Annual report on the mental hospital in the Central Provinces and Berar (Nagpur) - 1927-1951
Year: 1927
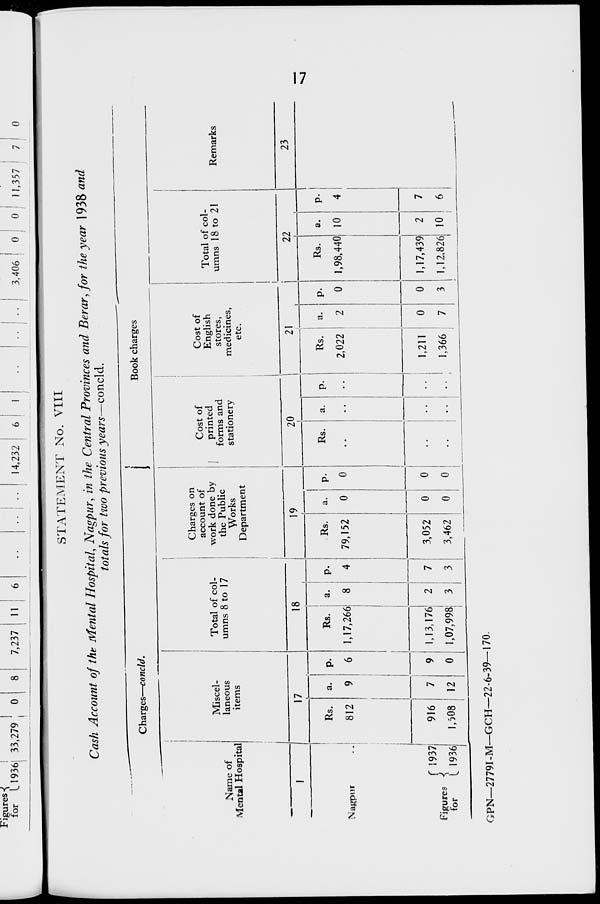
17
STATEMENT No. VIII
Cash Account of the Mental Hospital, Nagpur, in the Central Provinces and Berar, for the year 1938 and
totals for two previous years—concld.
Charges—concld.
Name of
Mental Hospital
1
Nagpur ..
Figures
for
1937
1936
Miscel¬
laneous
items
17
Rs.
812
916
1,508
a.
9
7
12
p.
6
9
0
Total of col¬
umns 8 to 17
18
Rs.
1,17,266
1,13,176
1,07,998
a.
8
2
3
p.
4
7
3
Charges on
account of
work done by
the Public
Works
Department
19
Rs.
79,152
3,052
3,462
a.
0
0
0
p.
0
0
0
Book charges
Cost of
printed
forms and
stationery
20
Rs.
..
..
..
a.
..
..
..
p.
..
..
..
Cost of
English
stores,
medicines,
etc.
21
Rs.
2,022
1,211
1,366
a.
2
0
7
p.
0
0
3
Total of col¬
umns 18 to 21
22
Rs.
1,98,440
1,17,439
1,12,826
a.
10
2
10
p.
4
7
6
Remarks
23
GPN—2779I-M—GCH—22-6-39— 170.